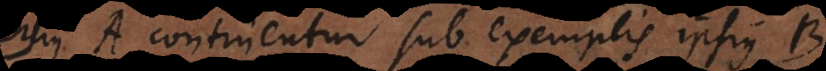
ipsius A continentur sub exemplis ipsius B.